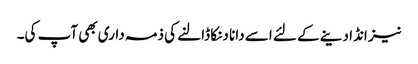
نیز انڈا دینے کے لئے اسے دانا دنکا ڈالنے کی ذمہ داری بھی آپ کی۔